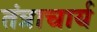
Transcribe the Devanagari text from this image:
तंत्राचार्य